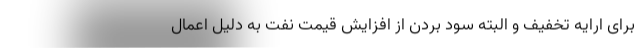
برای ارایه تخفیف و البته سود بردن از افزایش قیمت نفت به دلیل اعمال